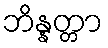
ဘိန္နတ္တာ